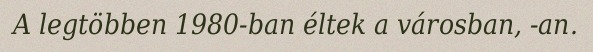
A legtöbben 1980-ban éltek a városban, -an.